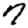
Digit: 7